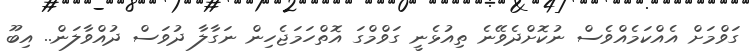
ގަވްމަށް އެއްކަމެއްވެސް ނުކޮށްދެވޭނެ ތިއުޅެނީ ގަވްމްގަ އޮތްހަމަޖެހިން ނަގާލާ ދުވަސް ދުއްވާލަން.. އިބޫ